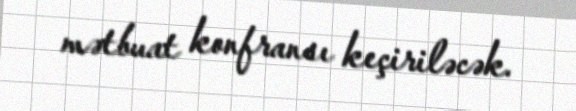
mətbuat konfransı keçiriləcək.